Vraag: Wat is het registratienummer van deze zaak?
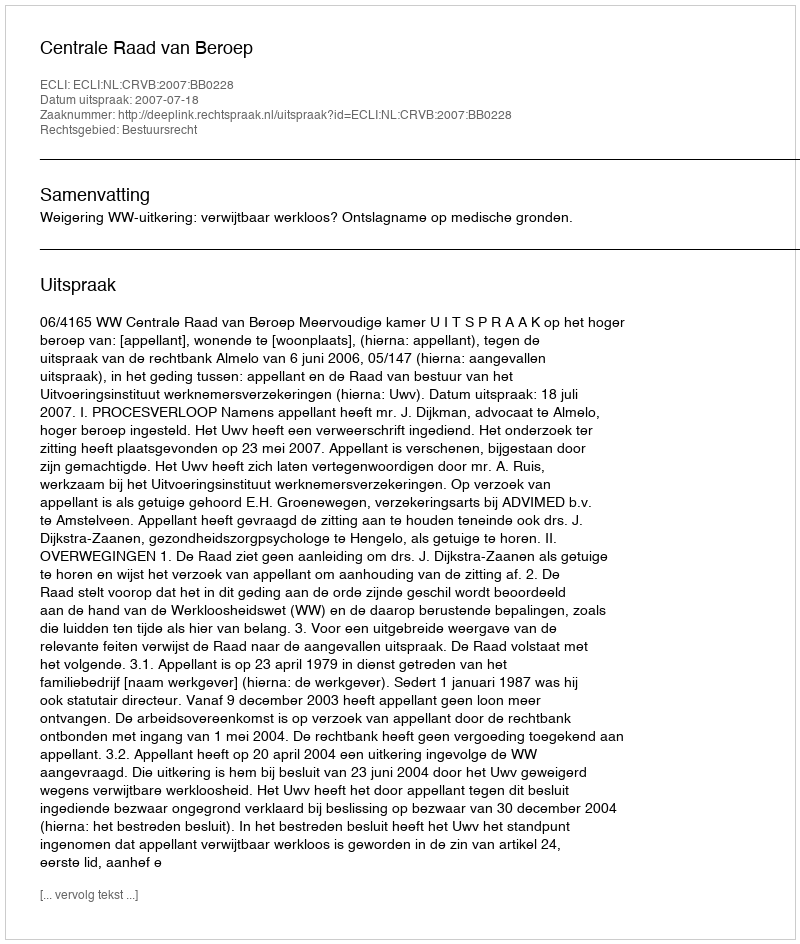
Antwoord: http://deeplink.rechtspraak.nl/uitspraak?id=ECLI:NL:CRVB:2007:BB0228